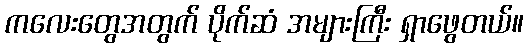
ကလေးတွေအတွက် ပိုက်ဆံ အများကြီး ရှာဖွေတယ်။